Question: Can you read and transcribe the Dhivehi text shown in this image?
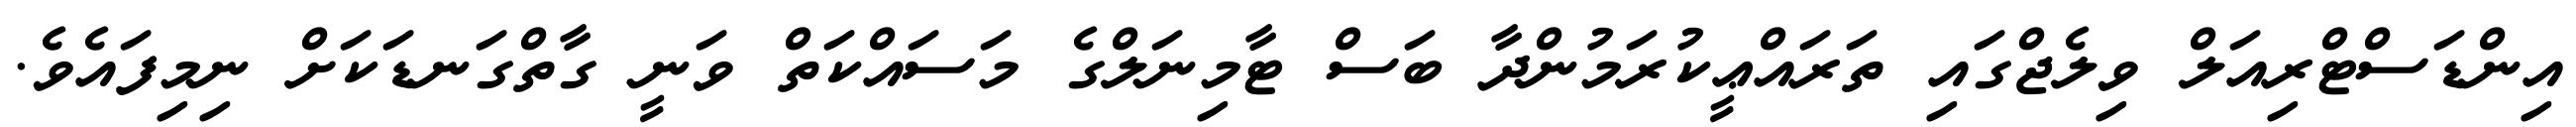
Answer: އިންޑަސްޓްރިއަލް ވިލެޖްގައި ތަރައްޢީކުރަމުންދާ ބަސް ޓާމިނަލްގެ މަސައްކަތް ވަނީ ގާތްގަނޑަކަށް ނިމިފައެވެ.